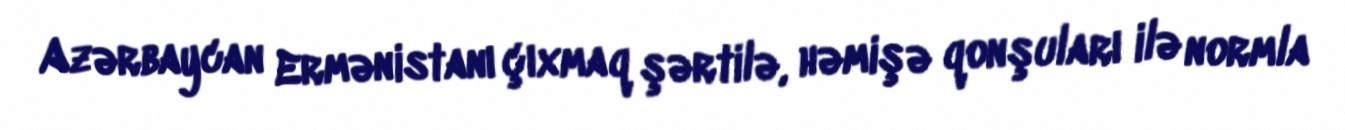
Azərbaycan Ermənistanı çıxmaq şərtilə, həmişə qonşuları ilə normla